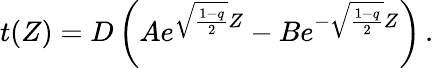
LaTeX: t(Z)=D\left(Ae^{\sqrt{\frac{1-q}{2}}Z}-Be^{-\sqrt{\frac{1-q}{2}}Z}\right)\, .